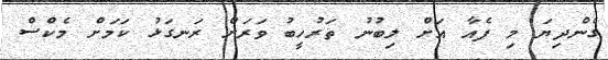
ގެންދިޔަ މި ފެއާ އަށް ލިބުނު ތަރުހީބު ވަރަށް ރަނގަޅު ކަމަށް މެކްސް